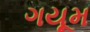
ગયૂમ